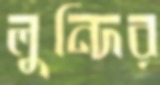
লুন্দির